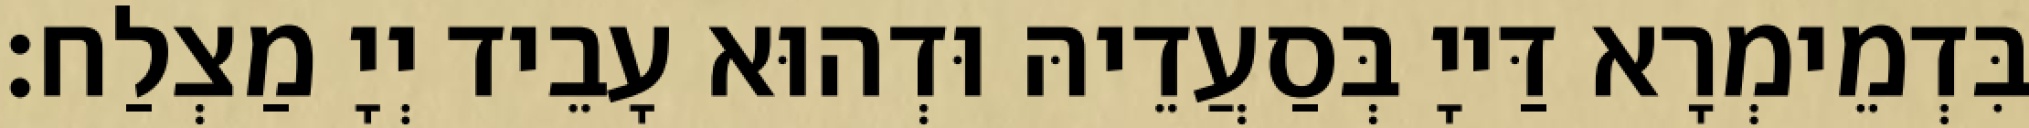
בִּדְמֵימְרָא דַּייָ בְּסַעֲדֵיהּ וּדְהוּא עָבֵיד יְיָ מַצְלַח׃